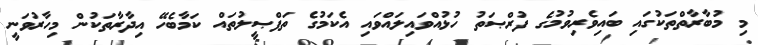
މި މުބާރާތްތަކުގައި ބައިވެރިވުމުގެ ފުރްޞަތު ހުޅުއްވައިލައްވައި އެކަމުގެ ތަފްޞީލުތައް ކަމާބެހޭ އިދާރާތަކުން މިހާރުވަނީ